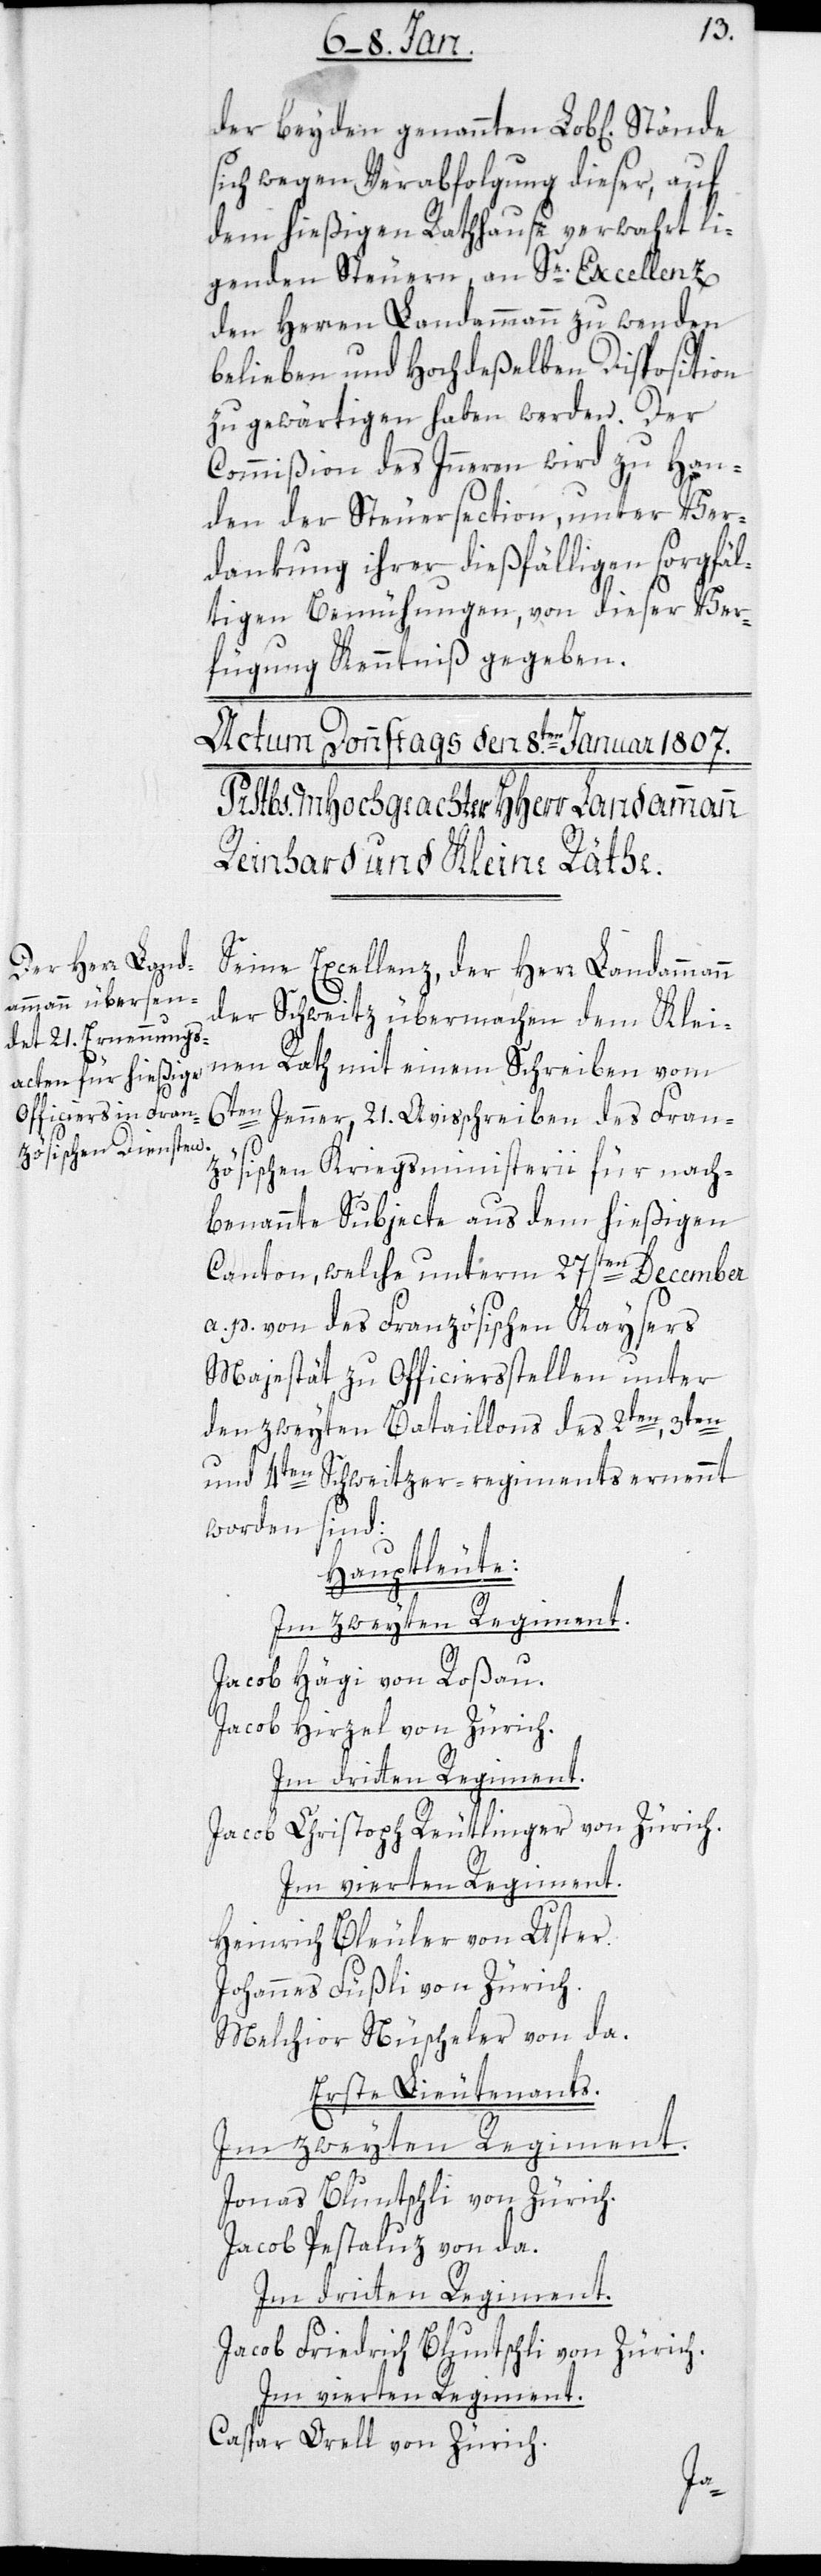
der beyden genannten Lobl[ichen]
sich wegen Verabfolgung dieser, auf
dem hießigen Rathhause verwahrt lie¬
genden Steuern, an Se. Excellenz
den Herren Landammann zu wenden
belieben und hochdeßelben Disposition
zu gewärtigen haben werden. Der
Commißion des Innern wird zu Han¬
den der Steuersection, unter Ver¬
dankung ihrer dießfälligen sorgfäl¬
tigen Bemühungen, von dieser Ver¬
fügung Kenntnis gegeben.
Seine Excellenz, der Herr Landammann
der Schweitz übermachen dem Klei¬
nen Rath mit einem Schreiben vom
6ten Jenner, 21. Avisschreiben des Fran¬
zösischen Kriegsministerii für nach¬
benannte Subjecte aus dem hießigen
Canton, welche unterm 27sten December
a. p. von des Französischen Kaysers
Majestät zu Officiersstellen unter
den zweyten Bataillons des 2ten, 3ten
und 4ten Schweitzer-regiments ernennt
worden sind:
Hauptleute:
Im zweiten Regiment.
Jacob Hägi von Rossau.
Jacob Hirzel von Zürich.
Im dritten Regiment.
Zürich.
Jacob Christoph Reutlinger von
Im vierten Regiment.
Heinrich Bleuler von Uster.
Johannes Füssli von Zürich.
Melchior Nüscheler von da.
Erster Lieutenants.
Im zweiten Regiment.
Jonas Bluntschli von Zürich.
Jacob Pestaluz von da.
Im dritten Regiment:
Jacob Friedrich Bluntschli von Zürich.
Im vierten Regiment.
Caspar Orell von Zürich.